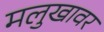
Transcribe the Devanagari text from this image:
मलुखावर